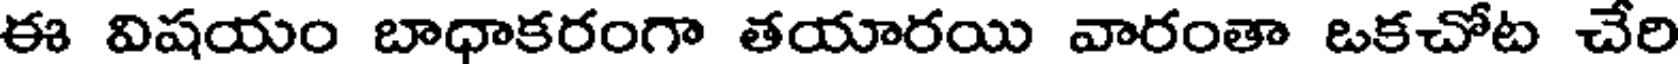
ఈ విషయం బాధాకరంగా తయారయి వారంతా ఒకచోట చేరి